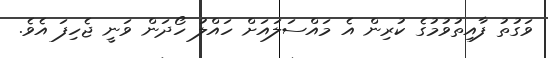
ވަގުތު ފާއިތުވުމުގެ ކުރިން އެ މައްސަލައަށް ހައްލު ހޯދަން ވަނީ ޖެހިފަ އެވެ.